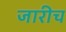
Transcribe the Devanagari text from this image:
जारीच